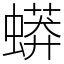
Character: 蟒